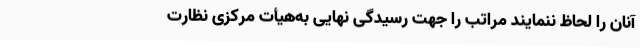
آنان را لحاظ ننمایند مراتب را جهت رسیدگی نهایی به‌هیأت مرکزی نظارت